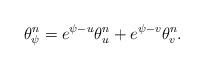
LaTeX: \begin{align*} \theta_{\psi}^n = e^{\psi-u} \theta_{u} ^n + e^{\psi-v} \theta_v^n. \end{align*}